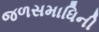
જળસમાધિની